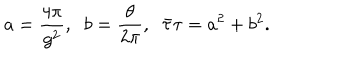
a = \frac { 4 \pi } { g ^ { 2 } } , \; \; b = \frac { \theta } { 2 \pi } , \; \; \bar { \tau } \tau = a ^ { 2 } + b ^ { 2 } .